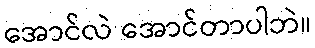
အောင်လဲ အောင်တာပါဘဲ။